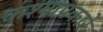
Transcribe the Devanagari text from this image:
कश्याप्रकारे